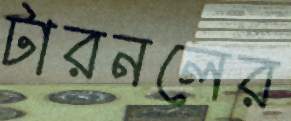
টারনলের